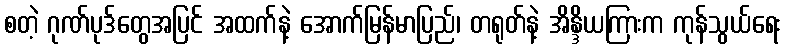
စတဲ့ ဂုဏ်ပုဒ်တွေအပြင် အထက်နဲ့ အောက်မြန်မာပြည်၊ တရုတ်နဲ့ အိန္ဒိယကြားက ကုန်သွယ်ရေး